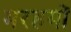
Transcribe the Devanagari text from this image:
मरहमों